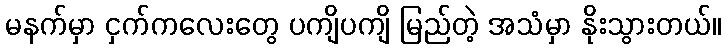
မနက်မှာ ငှက်ကလေးတွေ ပကျိပကျိ မြည်တဲ့ အသံမှာ နိုးသွားတယ်။